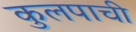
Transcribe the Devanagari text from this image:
कुलपाची